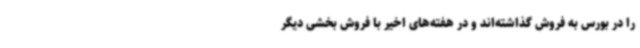
را در بورس به فروش گذاشته‌اند و در هفته‌های اخیر با فروش بخشی دیگر